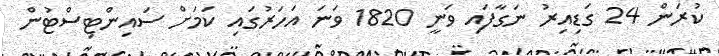
ކުރަން 24 ގަޑިއިރު ނަގާފައި ވަނީ 1820 ވަނަ އަހަރުގައި ކަމަށް ސައިންޓިސްޓުން